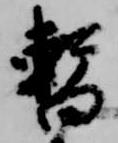
暫